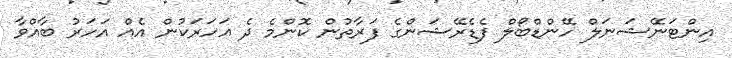
އިންޓަނޭޝަނަލް ހޭންޑްބޯލް ފެޑެރޭޝަންގެ ފަރާތުން ކޮންމެ ދެ އަހަރަކުން އެއް އަހަރު ބާއްވާ